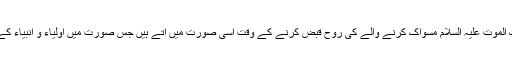
٭ حضرت ملک الموت علیہ السلام مسواک کرنے والے کی روح قبض کرنے کے وقت اسی صورت میں آتے ہیں جس صورت میں اولیاء و انبیاء کے پاس آتے ہیں۔